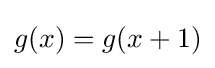
g(x)=g(x+1)